Manual of vaccination for the United Provinces of Agra and Oudh -
Year: 1903
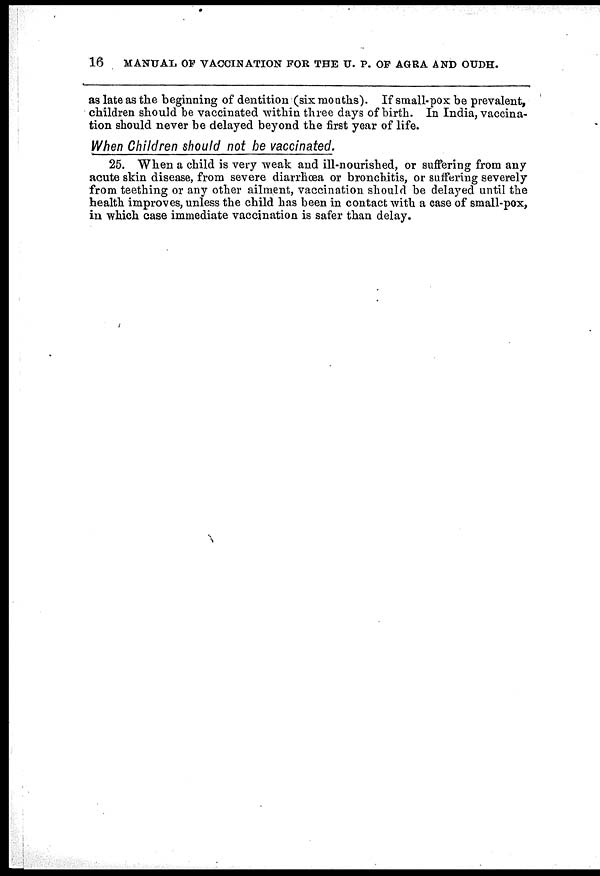
16
MANUAL OF VACCINATION FOR THE U. P. OF AGRA AND OUDH.
as late as the beginning of dentition (six months). If small-pox be prevalent,
children should be vaccinated within three days of birth. In India, vaccina-
tion should never be delayed beyond the first year of life.
When Children should not be vaccinated.
25. When a child is very weak and ill-nourished, or suffering from any
acute skin disease, from severe diarrhœa or bronchitis, or suffering severely
from teething or any other ailment, vaccination should be delayed until the
health improves, unless the child has been in contact with a case of small-pox,
in which case immediate vaccination is safer than delay.